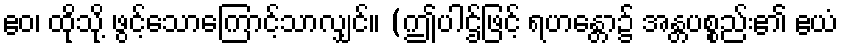
ဧဝ၊ ထိုသို့ ဖွင့်သောကြောင့်သာလျှင်။ (ဤပါဌ်ဖြင့် ရဟန္တော၌ အန္တပစ္စည်း၏ ဧယံ